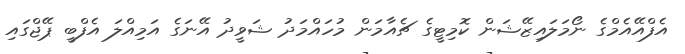
އެފްއޭއެމްގެ ނޯމަލައިޒޭޝަން ކޮމިޓީގެ ޗެއާމަން މުހައްމަދު ޝަވީދު އޭނަގެ އަމިއްލަ އެފްބީ ޕޭޖްގައި